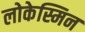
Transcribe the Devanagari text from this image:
लोकेस्मिन